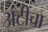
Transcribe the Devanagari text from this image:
अटींचा